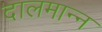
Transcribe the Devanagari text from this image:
दालमान्न